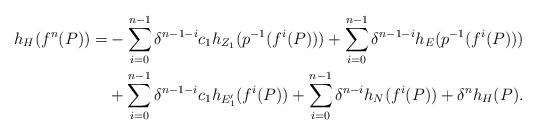
LaTeX: \begin{align*}h_{H}(f^{n}(P))=&-\sum_{i=0}^{n-1}\delta^{n-1-i}c_{1}h_{Z_{1}}(p^{-1}(f^{i}(P)))+\sum_{i=0}^{n-1}\delta^{n-1-i}h_{E}(p^{-1}(f^{i}(P)))\\&+\sum_{i=0}^{n-1}\delta^{n-1-i}c_{1}h_{E_{1}'}(f^{i}(P))+\sum_{i=0}^{n-1}\delta^{n-i}h_{N}(f^{i}(P))+\delta^{n}h_{H}(P).\end{align*}